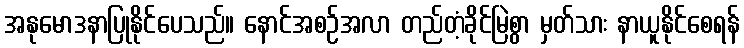
အနုမောဒနာပြုနိုင်ပေသည်။ နောင်အစဉ်အလာ တည်တံ့ခိုင်မြဲစွာ မှတ်သား နာယူနိုင်စေရန်